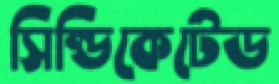
সিন্ডিকেটেড